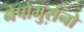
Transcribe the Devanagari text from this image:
नेपोमुसेनो